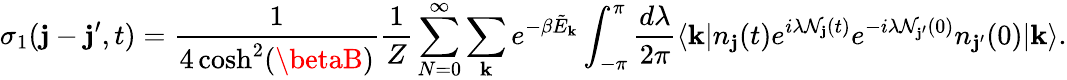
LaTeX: \sigma_{1}(\mathbf{j}-\mathbf{j}^{\prime},t)=\frac{{1}}{{4\cosh^{2}(\betaB)}}\frac{{1}}{{Z}}\sum_{N=0}^{\infty}\sum_{\mathbf{{k}}}e^{-\beta\tilde{{E}}_{\mathbf{{k}}}}\int_{-\pi}^{\pi}\frac{{d\lambda}}{{2\pi}}\langle\mathbf{{k}}|n_{\mathbf{j}}(t)e^{i\lambda\mathcal{{N}}_{\mathbf{j}}(t)}e^{-i\lambda\mathcal{{N}}_{\mathbf{j}^{\prime}}(0)}n_{\mathbf{j}^{\prime}}(0)|\mathbf{{k}}\rangle.